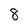
Character: 8